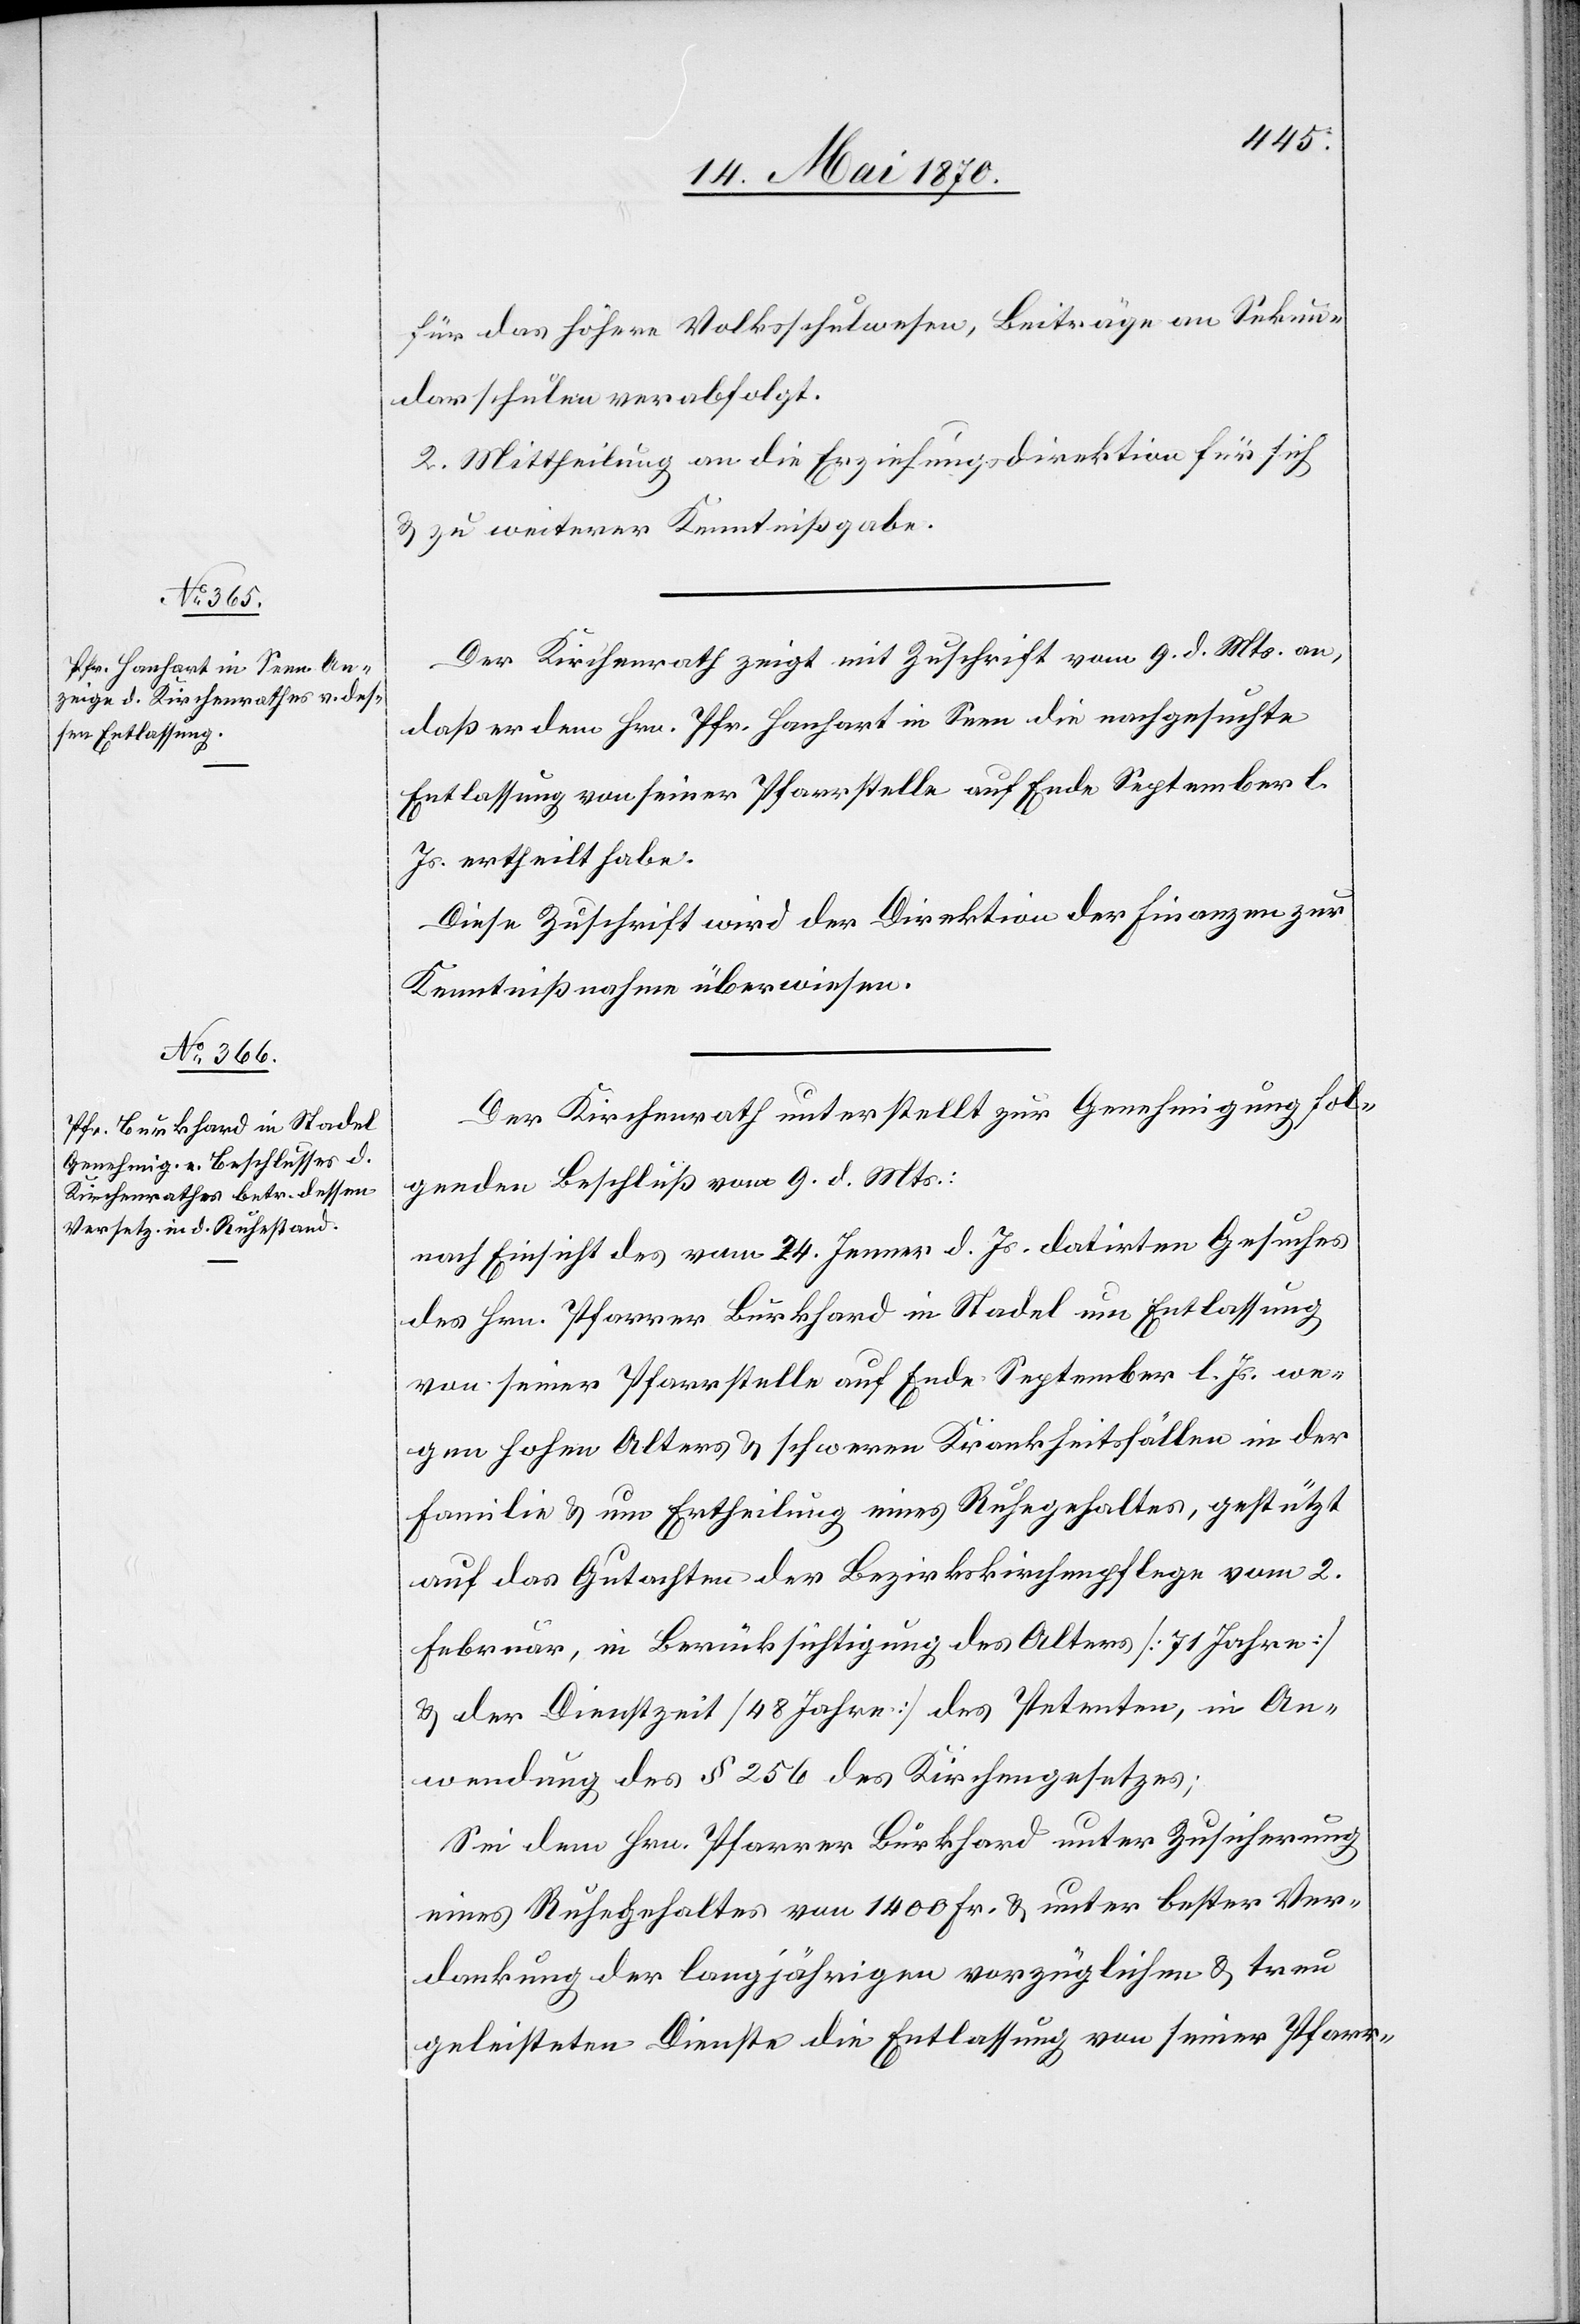
für das höhere Volksschulwesen, Beiträge an Sekun¬
darschulen[,] verabfolgt.
2. Mittheilung an die Erziehungsdirektion für sich
& zu weiterer Kenntnißgabe.
Der Kirchenrath zeigt mit Zuschrift vom 9. d. Mts. an,
daß er dem Hrn. Pfr. Hanhart in Seen die nachgesuchte
Entlassung von seiner Pfarrstelle auf Ende September l.
Js. ertheilt habe.
Diese Zuschrift wird der Direktion der Finanzen zur
Kenntnißnahme überwiesen.
Der Kirchenrath unterstellt zur Genehmigung fol¬
genden Beschluß vom 9. d. Mts.:
nach Einsicht des vom 24. Jenner d. Js. datirten Gesuches
des Hrn. Pfarrer Burkhard in Stadel um Entlassung
von seiner Pfarrstelle auf Ende September l. Js. we¬
gen hohen Alters & schweren Krankheitsfällen in der
Familie & um Ertheilung eines Ruhegehaltes, gestützt
auf das Gutachten der Bezirkskirchenpflege vom 2.
Februar, in Berücksichtigung des Alters [71 Jahre]
& der Dienstzeit [48 Jahre] des Petenten, in An¬
wendung des § 256 des Kirchengesetzes;
Sei dem Hrn. Pfarrer Burkhard unter Zusicherung
eines Ruhegehaltes von 1400 Fr. & unter bester Ver¬
dankung der langjährigen vorzüglichen & treu
geleisteten Dienste die Entlassung von seiner Pfarr-